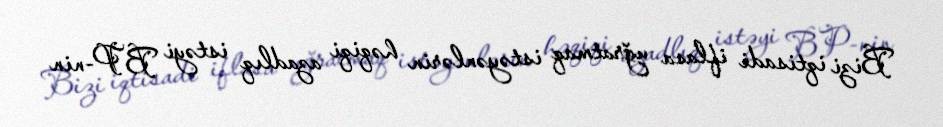
Bizi iqtisadi iflasa uğratmaq istəyənlərin həqiqi azadlıq istəyi BP-nin